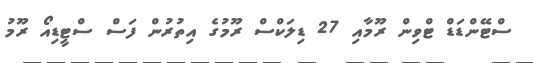
ސްޓޭންޑަޑް ޓްވިން ރޫމާއި 27 ޑިލަކްސް ރޫމުގެ އިތުރުން ފަސް ސްޓީޑިއޯ ރޫމު